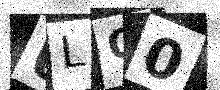
Text: ULO0